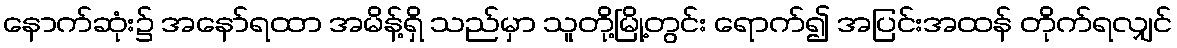
နောက်ဆုံး၌ အနော်ရထာ အမိန့်ရှိ သည်မှာ သူတို့မြို့တွင်း ရောက်၍ အပြင်းအထန် တိုက်ရလျှင်